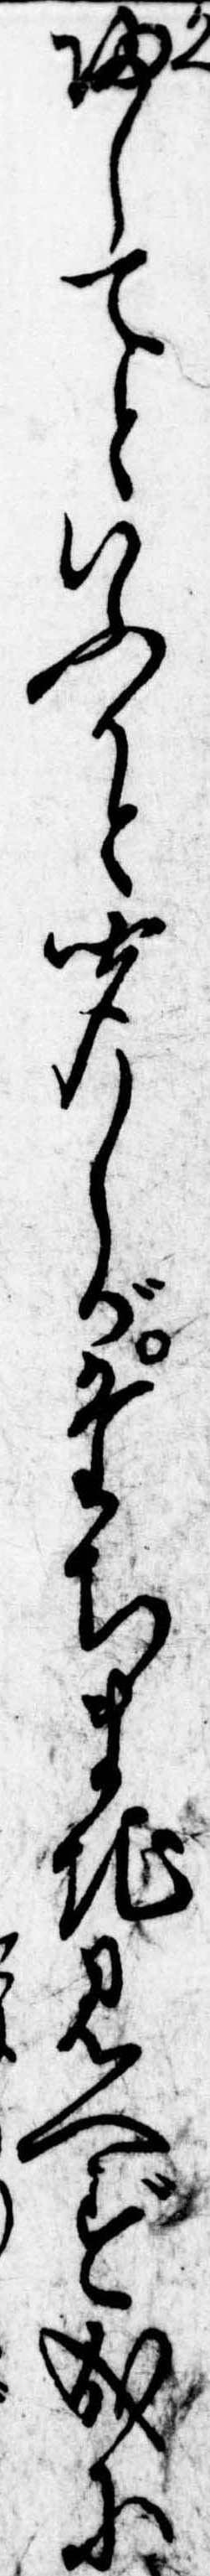
帰してといふかと聞しがたちまち見へず成に